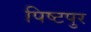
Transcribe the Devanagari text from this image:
पिष्टपुर